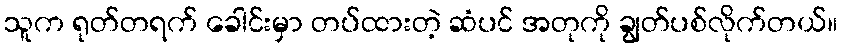
သူက ရုတ်တရက် ခေါင်းမှာ တပ်ထားတဲ့ ဆံပင် အတုကို ချွတ်ပစ်လိုက်တယ်။